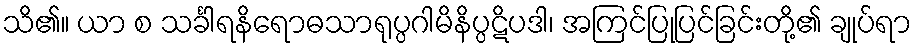
သိ၏။ ယာ စ သင်္ခါရနိရောဓသာရုပ္ပဂါမိနိပ္ပဋိပဒါ၊ အကြင်ပြုပြင်ခြင်းတို့၏ ချုပ်ရာ